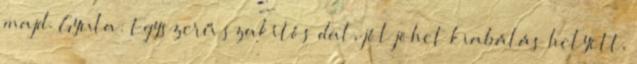
majd. Gyula: Egyszerű szakítós dal, jól jöhet kiabálás helyett,